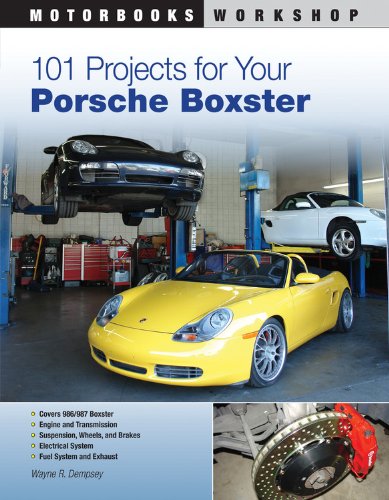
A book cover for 101 Projects for Your Porsche Boxster (Motorbooks Workshop); Wayne R. Dempsey; Engineering & Transportation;